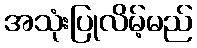
အသုံးပြုလိမ့်မည်